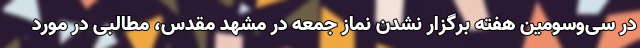
در سی‌وسومین هفته برگزار نشدن نماز جمعه در مشهد مقدس، مطالبی در مورد